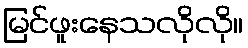
မြင်ဖူးနေသလိုလို။